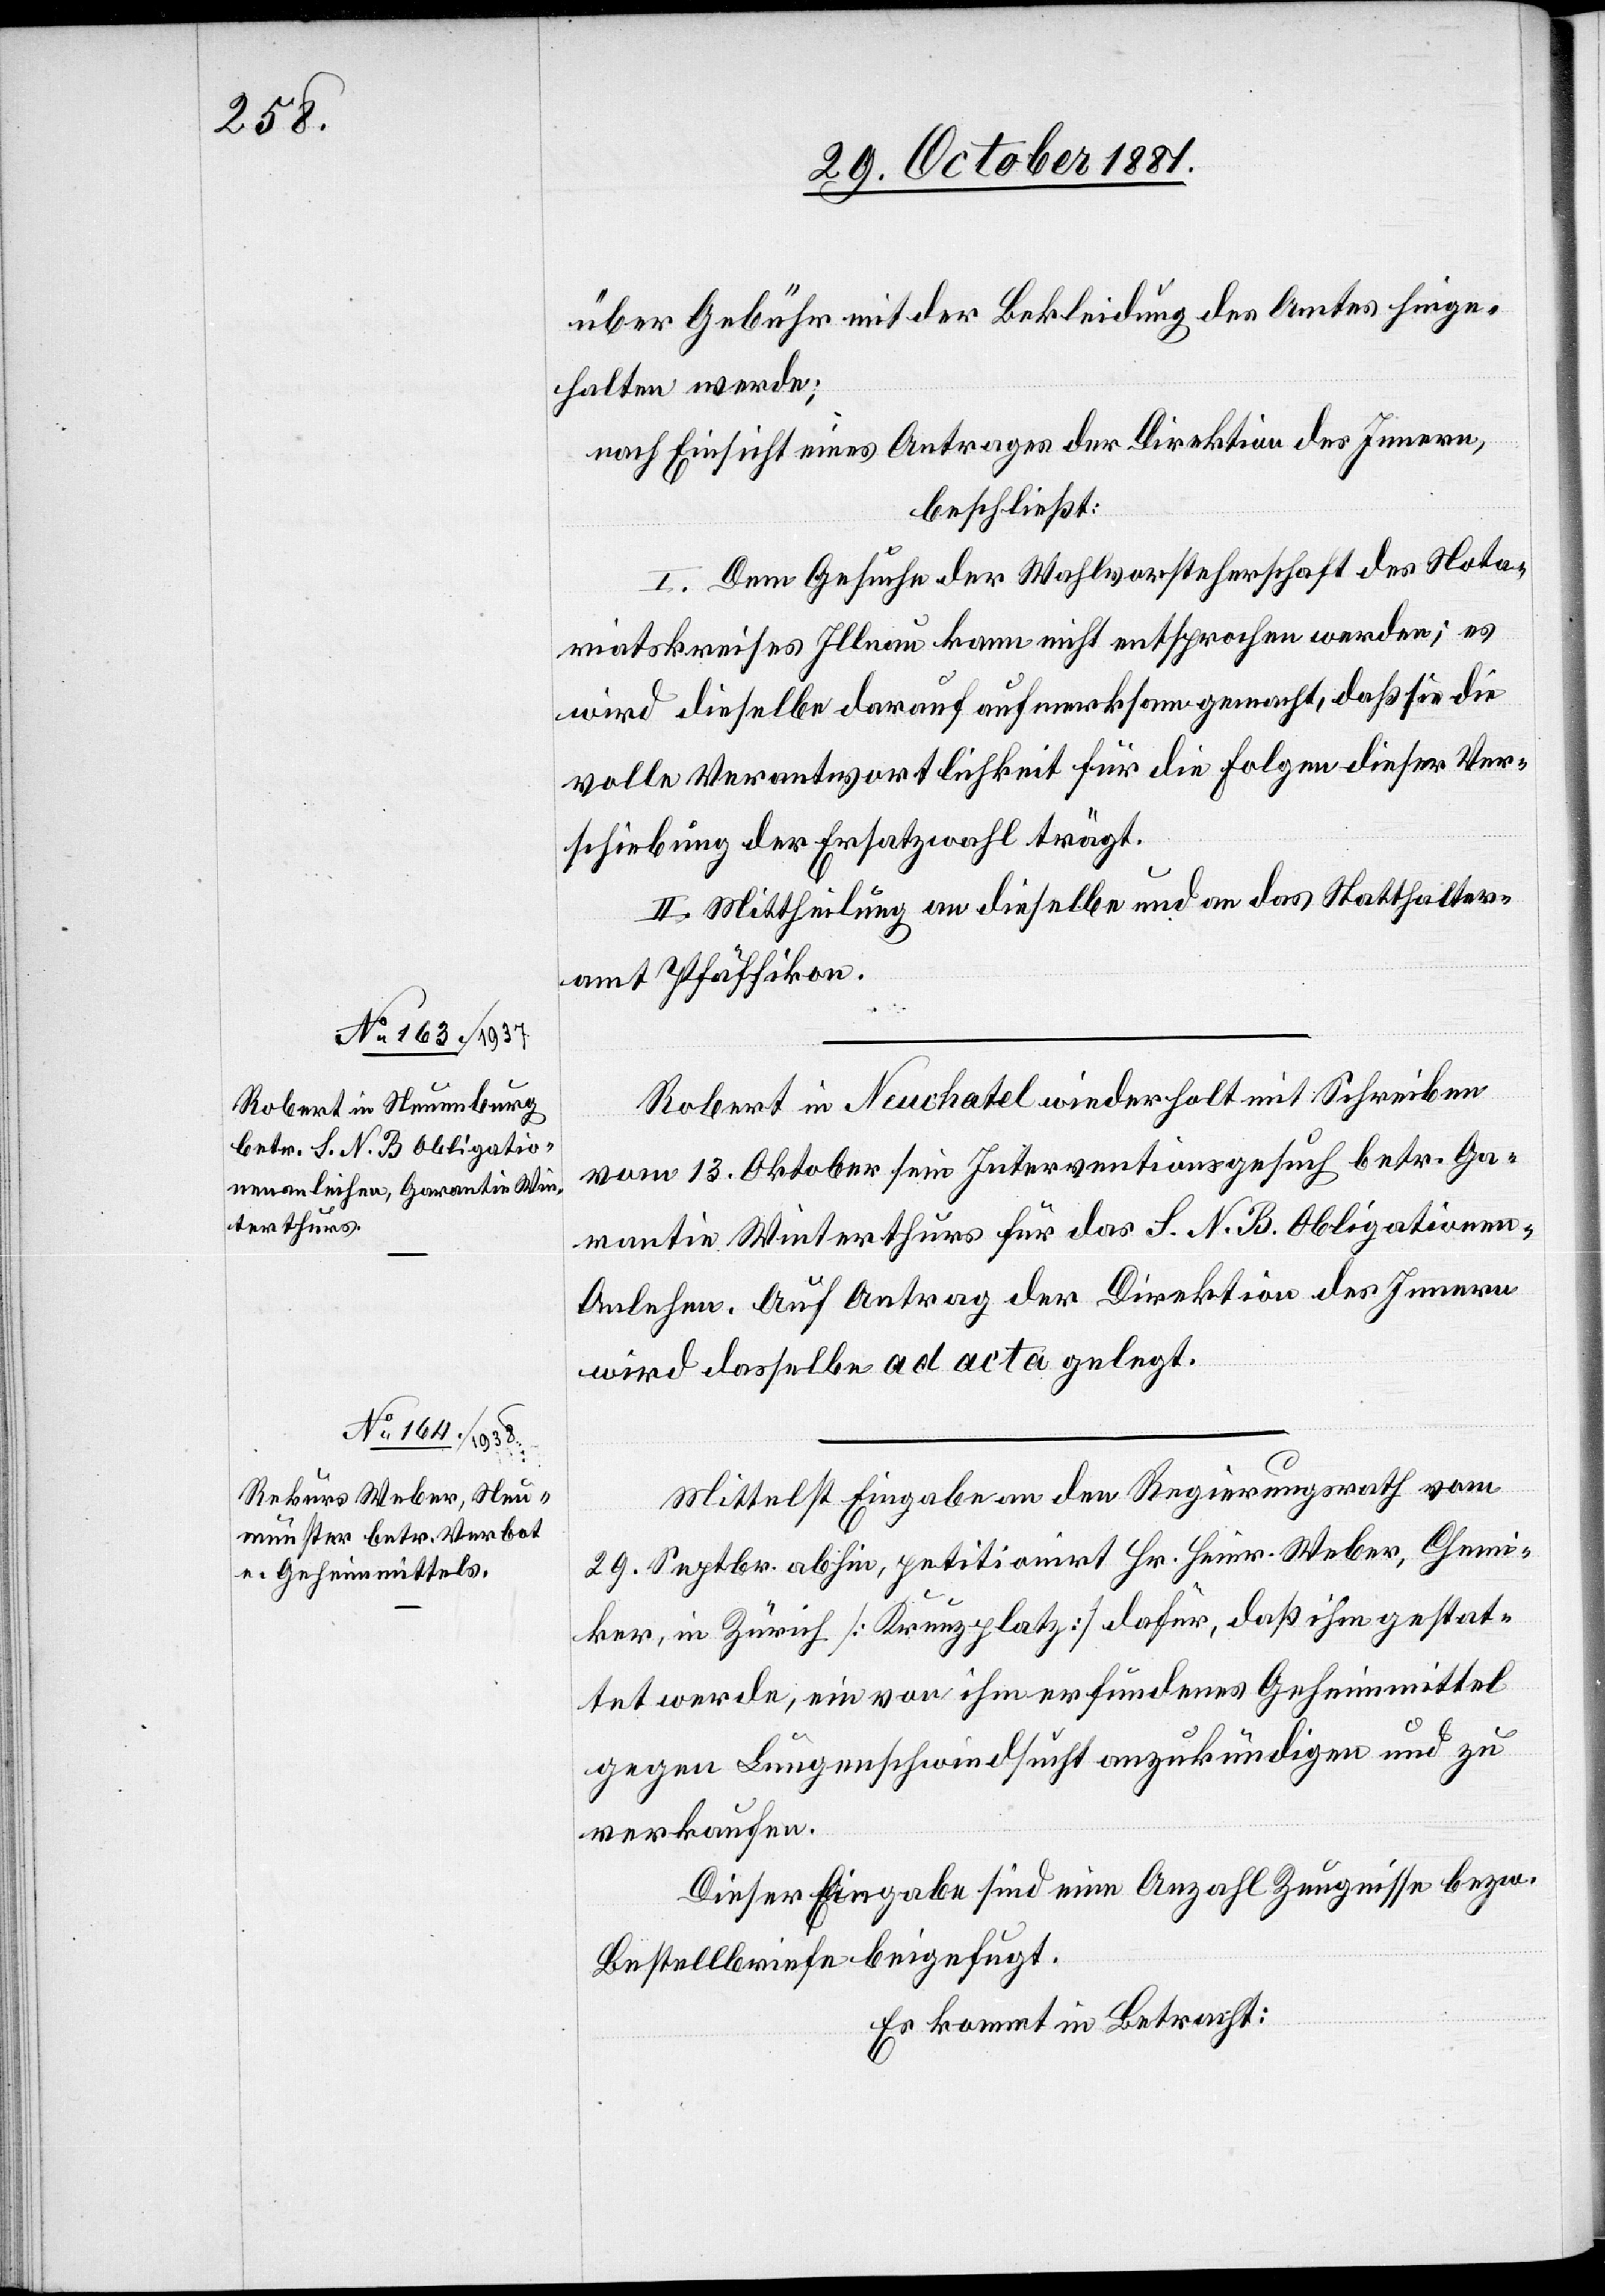
über Gebühr mit der Bekleidung des Amtes hinge¬
halten werde;
nach Einsicht eines Antrages der Direktion des Innern,
beschließt:
I. Dem Gesuche der Wahlvorsteherschaft des Nota¬
riatskreises Illnau kann nicht entsprochen werden; es
wird dieselbe darauf aufmerksam gemacht, daß sie die
volle Verantwortlichkeit für die Folgen dieser Ver¬
schiebung der Ersatzwahl trägt.
II. Mittheilung an dieselbe und an das Statthalter¬
amt Pfäffikon.
Robert in Neuchatel wiederholt mit Schreiben
vom 13. Oktober sein Interventionsgesuch betr. Ga¬
rantie Winterthurs für das S. N. B. Obligatione¬
n-Anlehen. Auf Antrag der Direktion des Innern
wird dasselbe ad acta gelegt.
Mittelst Eingabe an den Regierungsrath vom
29. Septbr. abhin, petitionirt Hr. Heinr. Weber, Chemi¬
ker, in Zürich [Kreuzplatz] dafür, daß ihm gestat¬
tet werde, ein von ihm erfundenes Geheimmittel
gegen Lungenschwindsucht anzukündigen und zu
verkaufen.
Dieser Eingabe sind eine Anzahl Zeugnisse bezw.
Bestellbriefe beigefügt.
Es kommt in Betracht: